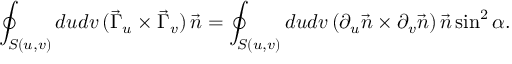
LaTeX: \oint _ { S ( u , v ) } d u d v \, ( \vec { \Gamma } _ { u } \times \vec { \Gamma } _ { v } ) \, \vec { n } = \oint _ { S ( u , v ) } d u d v \, ( \partial _ { u } \vec { n } \times \partial _ { v } \vec { n } ) \, \vec { n } \sin ^ { 2 } \alpha .